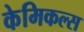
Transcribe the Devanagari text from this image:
केमिकल्‍स